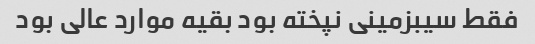
فقط سیبزمینی نپخته بود بقیه موارد عالی بود